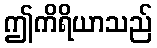
ဤကိရိယာသည်